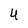
Character: 4